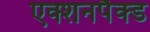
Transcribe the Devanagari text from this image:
एक्शनपैक्ड